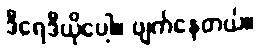
ဒီရေဒီယိုပေါ့။ ပျက်နေတယ်။